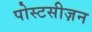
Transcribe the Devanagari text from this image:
पोस्टसीज़न